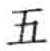
五